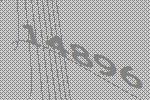
14896